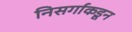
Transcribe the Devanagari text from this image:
निसर्गाकडून